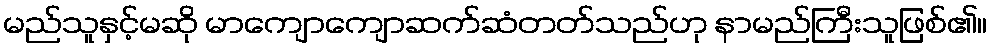
မည်သူနှင့်မဆို မာကျောကျောဆက်ဆံတတ်သည်ဟု နာမည်ကြီးသူဖြစ်၏။